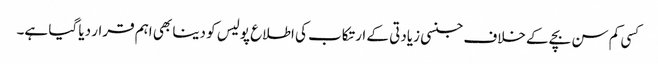
کسی کم سن بچے کے خلاف جنسی زیادتی کے ارتکاب کی اطلاع پولیس کو دینا بھی اہم قرار دیا گیا ہے۔